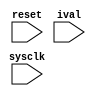
// File ../examples/expr.vhd translated with vhd2vl v2.0 VHDL to Verilog RTL translator
// Copyright (C) 2001 Vincenzo Liguori - Ocean Logic Pty Ltd - http://www.ocean-logic.com
// Modifications (C) 2006 Mark Gonzales - PMC Sierra Inc
// 
// vhd2vl comes with ABSOLUTELY NO WARRANTY
// ALWAYS RUN A FORMAL VERIFICATION TOOL TO COMPARE VHDL INPUT TO VERILOG OUTPUT 
// 
// This is free software, and you are welcome to redistribute it under certain conditions.
// See the license file license.txt included with the source for details.


module expr(
reset,
sysclk,
ival
);

input reset, sysclk, ival;

wire   reset;
wire   sysclk;
wire   ival;


reg [13:0] foo;
wire [2:0] baz;
reg [22:0] bam;
wire [5:3] out_i;
wire  enable;
wire  debug;
wire  aux;
wire  outy;
wire  dv;
wire  value;

  // drive input status
  assign input_status = {foo[9:4] ,((baz[3:0]  & foo[3:0]  | (( ~baz[3:0]  & bam[3:0] ))))};
  // drive based on foo
  assign out_i = ((enable & ((aux ^ outy)))) | ((debug & dv &  ~enable)) | (( ~debug &  ~enable & value));
  // not drive
  always @(negedge reset or negedge sysclk) begin
    if((reset != 1'b 0)) begin
      foo <= {14{1'b0}};
    end else begin
      foo[3 * ((2 - 1))]  <= (4 * ((1 + 2)));
      bam[13:0]  <= foo;
    end
  end


endmodule